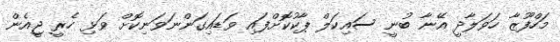
މަހްފޫޒާ ހަވަލާދީ އޭނާ ބުނީ ސައިކަލް ޕާކުކޮށްފައި ވަޑައިގަންނަވަނިކޮށް ވަޅި ހެރީ ޖީއެން